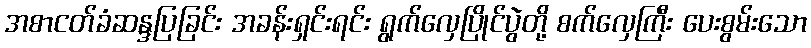
အစာငတ်ခံဆန္ဒပြခြင်း အခန်းရှင်းရင်း ရွက်လှေပြိုင်ပွဲတို့ စက်လှေကြီး ပေးစွမ်းသော